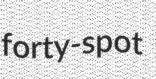
forty-spot